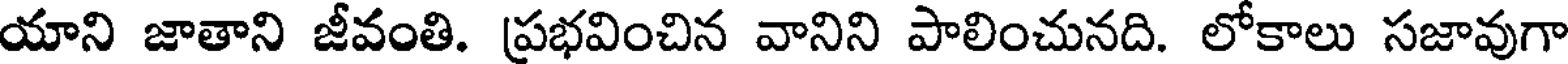
యాని జాతాని జీవంతి. ప్రభవించిన వానిని పాలించునది. లోకాలు సజావుగా